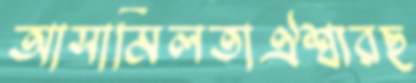
আসামিলতাঐশ্ব্যরছ